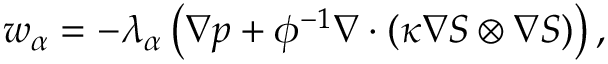
\boldsymbol { w } _ { \alpha } = - \lambda _ { \alpha } \left( \nabla { p } + \phi ^ { - 1 } \nabla \cdot ( \kappa \nabla { S } \otimes \nabla { S } ) \right) ,